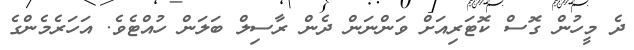
ދެ މީހުން ގޮސް ކޮޓަރިއަށް ވަންނަން ދެން ރާސިލް ބަލަން ހުއްޓެވެ. އަހަރެމެންގެ